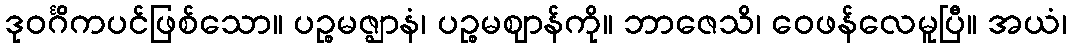
ဒုဝင်္ဂိကပင်ဖြစ်သော။ ပဉ္စမဇ္ဈာနံ၊ ပဉ္စမဈာန်ကို။ ဘာဇေသိ၊ ဝေဖန်လေမူပြီ။ အယံ၊